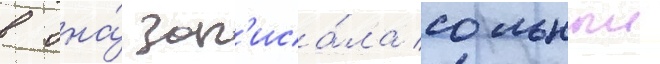
в она́ зап'иса́ла сольныи